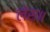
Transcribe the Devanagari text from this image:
लेस॥